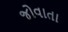
જોવાતા